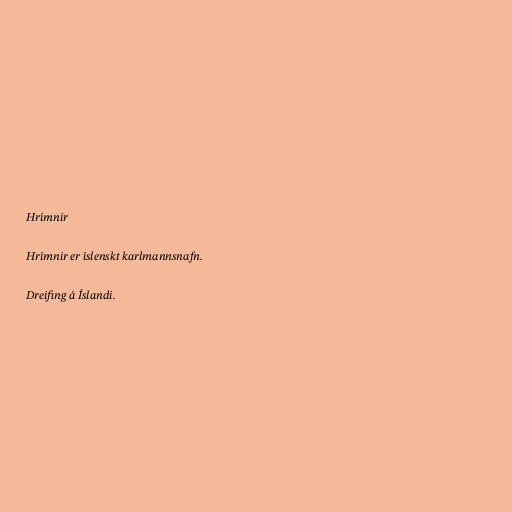
Hrímnir

Hrímnir er íslenskt karlmannsnafn.

Dreifing á Íslandi.